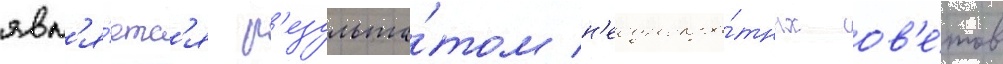
явл'я́етс'я р'езульта́том н'еоднокра́тных сов'е́тов